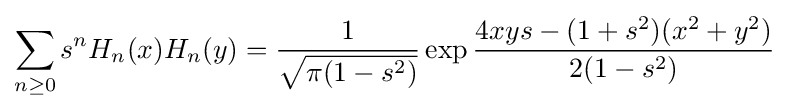
\sum _{n\geq 0}s^{n}H_{n}(x)H_{n}(y)={1 \over {\sqrt {\pi (1-s^{2})}}}\exp {4xys-(1+s^{2})(x^{2}+y^{2}) \over 2(1-s^{2})}